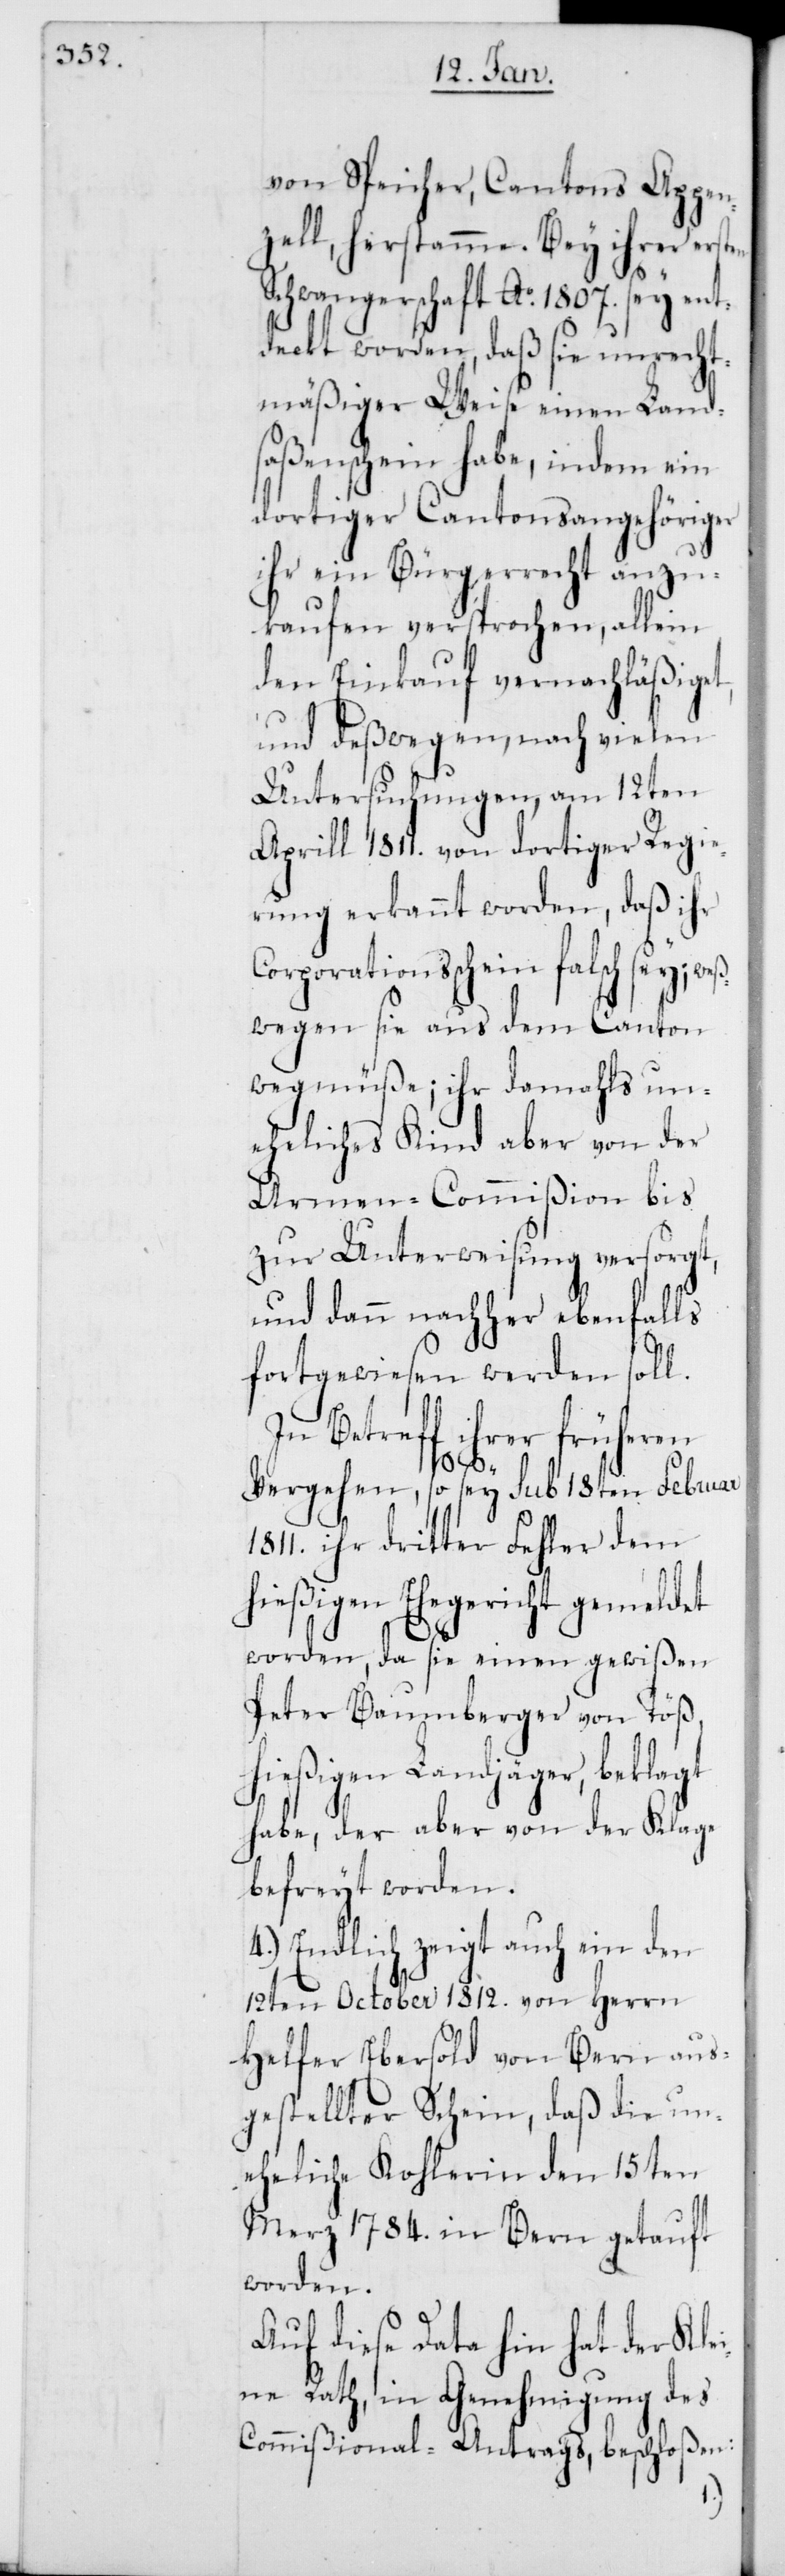
von Speicher, Cantons Appen¬
zell, herstamme. Bey ihrer ersten
Schwangerschaft Ao 1807. sey ent¬
deckt worden, daß sie unrecht¬
mäßiger Weise einen Land¬
saßenschein habe, indem ein
dortiger Cantonsangehöriger
ihr ein Bürgerrecht anzu¬
kaufen versprochen, allein
den Einkauf vernachläßiget,
und deßwegen, nach vielen
Untersuchungen, am 12ten
Aprill 1811. von dortiger Regie¬
rung erkannt worden, daß ihr
Corporationsschein falsch sey; we¬
ßwegen sie aus dem Canton
weg müße; ihr damahls un¬
eheliches Kind aber von der
Armen-Commißion bis
zur Unterweisung versorgt,
und dann nachher ebenfalls
fortgewiesen werden soll.
In Betreff ihrer früheren
Vergehen, so sey sub 18ten Februar
1811. ihr dritter Fehler dem
hießigen Ehegericht gemeldet
worden, da sie einen gewißen
Peter Baumberger von Töß,
hießigen Landjäger, beklagt
habe, der aber von der Klage
befreyt worden.
4.) Endlich zeigt auch ein den
12ten October 1812. von Herrn
Helfer Ebersold von Bern aus¬
gestellter Schein, daß die un¬
eheliche Kohlerin den 15ten
Merz 1784. in Bern getauft
worden.
Auf diese Data hin hat der Klei¬
ne Rath, in Genehmigung des
Commißional-Antrags, beschloßen: